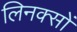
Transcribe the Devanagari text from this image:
लिनक्सों